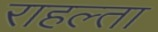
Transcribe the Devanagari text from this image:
राहल्ता